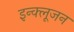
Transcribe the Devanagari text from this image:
इन्क्लूजन